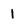
Character: 1